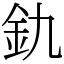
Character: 釚